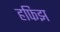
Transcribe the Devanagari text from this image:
हफिझ